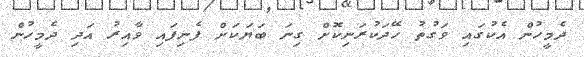
ދެމީހުން އެކުގައި ވަގުތު ހޭދަކުރަނިކޮށް ގިނަ ބަޔަކަށް ފެނިފައި ވާއިރު އަދި ދެމީހުން